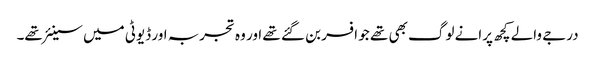
درجے والے کچھ پرانے لوگ بھی تھے جو افسر بن گئے تھے اور وہ تجربہ اور ڈیوٹی میں سینئر تھے۔